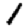
Digit: 1